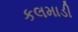
કલમાડી